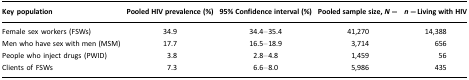
| Key population | Pooled HIV prevalence (%) | 95% Confidence interval (%) | Pooled sample size, N= | n=Living with HIV |
 | --- | --- | --- | --- | --- |
 | Female sex workers (FSWs) | 34.9 | 34.4–35.4 | 41,270 | 14,388 |
 | Men who have sex with men (MSM) | 17.7 | 16.5–18.9 | 3,714 | 656 |
 | People who inject drugs (PWID) | 3.8 | 2.8–4.8 | 1,459 | 56 |
 | Clients of FSWs | 7.3 | 6.6–8.0 | 5,986 | 435 |